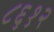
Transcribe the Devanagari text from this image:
८६१२